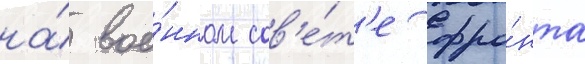
на́ вое́нном сов'е́т'е фро́нта